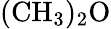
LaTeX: \mathrm{(CH_{3})_{2}O}